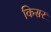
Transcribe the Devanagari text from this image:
किसर